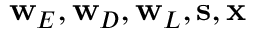
\mathbf { w } _ { E } , \mathbf { w } _ { D } , \mathbf { w } _ { L } , \mathbf { s } , \mathbf { x }